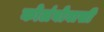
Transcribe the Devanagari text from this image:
कोलंबोवासी